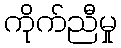
ကိုက်ညီမှု